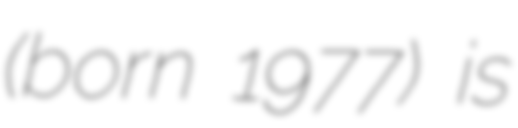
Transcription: (born 1977) is